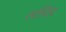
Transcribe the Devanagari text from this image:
तयिर